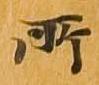
所